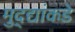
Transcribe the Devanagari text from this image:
मुद्‍द्यांकडे